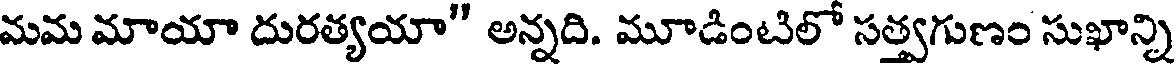
మమ మాయా దురత్యయా" అన్నది. మూడింటిలో సత్వగుణం సుఖాన్ని